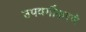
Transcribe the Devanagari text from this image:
उपवर्गीकरणे